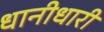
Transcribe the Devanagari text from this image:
धानीधारी